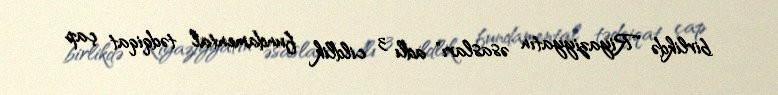
birlikdə "Riyaziyyatın əsasları" adlı 3 cildlik fundamental tədqiqat çap